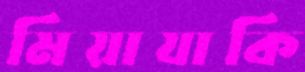
মিয়াযাকি